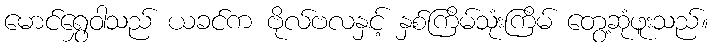
မောင်ရွှေဝါသည် ယခင်က ဗိုလ်ဗလနှင့် နှစ်ကြိမ်သုံးကြိမ် တွေ့ဆုံဖူးသည်။